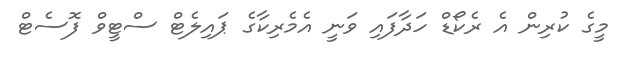
މީގެ ކުރިން އެ ރެކޯޑް ހަދާފައި ވަަނީ އެމެރިކާގެ ޕައިލެޓް ސްޓީވް ފޮސެޓް